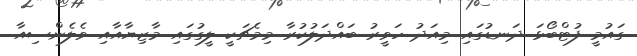
ގައުމީ ފުޓްބޯޅަ ދަނޑުގައި މިއަދު ހަވީރު ބައްދަލުކުރާ މިމެޗަކީ ލީގުގައި މާޒިޔާއާއި ވެލެންސިއާ